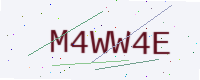
Text: M4WW4E